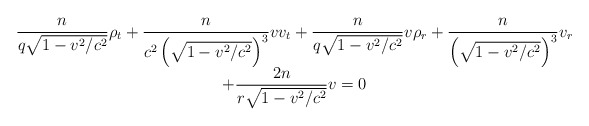
\begin{align*}\begin{array}[c]{c}\displaystyle\frac{n}{q\sqrt{1-v^{2}/c^{2}}}\rho_{t}+\frac{n}{c^{2}\left(\sqrt{1-v^{2}/c^{2}}\right) ^{3}}vv_{t}+\frac{n}{q\sqrt{1-v^{2}/c^{2}}}v\rho_{r}+\frac{n}{\left( \sqrt{1-v^{2}/c^{2}}\right) ^{3}}v_{r}\\\displaystyle+\frac{2n}{r\sqrt{1-v^{2}/c^{2}}}v=0\end{array}\end{align*}